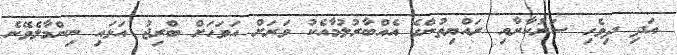
އަދި ދިވެހި ސަރުކާރާއި ރައްޔިތުންގެ އެއްބާރުލުމާއެކު ވަރަށް އަވަހަށް ބްރިޖު އަޅައި ނިންމާލެވޭނެ